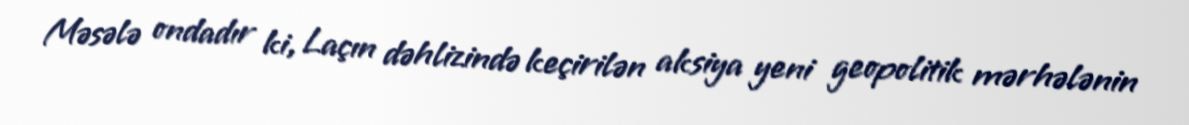
Məsələ ondadır ki, Laçın dəhlizində keçirilən aksiya yeni geopolitik mərhələnin